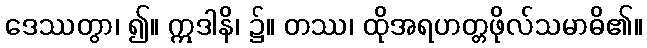
ဒေဿတွာ၊ ၍။ ဣဒါနိ၊ ၌။ တဿ၊ ထိုအရဟတ္တဖိုလ်သမာဓိ၏။